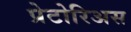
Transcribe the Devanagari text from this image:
प्रेटोरिअस